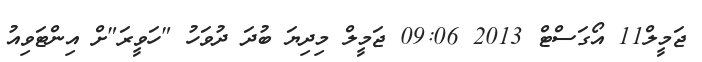
ޖަމީލް11 އޯގަސްޓް 2013 09:06 ޖަމީލް މިދިޔަ ބުދަ ދުވަހު "ހަވީރަ"ށް އިންޓަވިއު